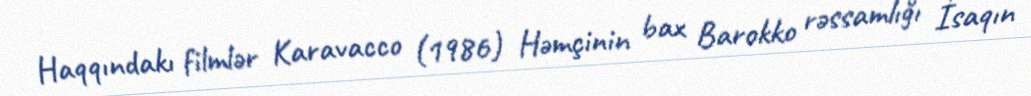
Haqqındakı filmlər Karavacco (1986) Həmçinin bax Barokko rəssamlığı İsaqın